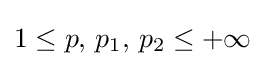
1\leq p,\,p_{1},\,p_{2}\leq +\infty